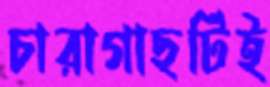
চারাগাছটিই